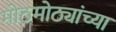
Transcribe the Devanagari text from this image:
मोठमोठ्यांच्या